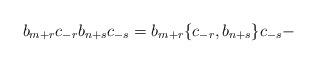
LaTeX: \begin{align*}b_{m+r} c_{-r} b_{n+s} c_{-s} = b_{m+r} \lbrace c_{-r}, b_{n+s}\rbrace c_{-s} -\end{align*}